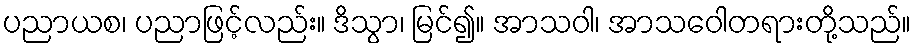
ပညာယစ၊ ပညာဖြင့်လည်း။ ဒိသွာ၊ မြင်၍။ အာသဝါ၊ အာသဝေါတရားတို့သည်။